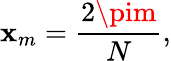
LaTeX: \mathbf{x}_{m}={\frac{{2\pim}}{{N}}},